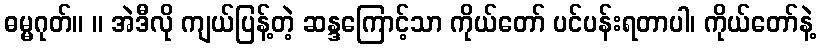
ဓမ္မဂုတ်။ ။ အဲဒီလို ကျယ်ပြန့်တဲ့ ဆန္ဒကြောင့်သာ ကိုယ်တော် ပင်ပန်းရတာပါ၊ ကိုယ်တော်နဲ့